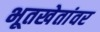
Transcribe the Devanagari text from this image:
भूतखेतांवर